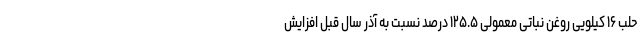
حلب ۱۶ کیلویی روغن نباتی معمولی ۱۲۵.۵ درصد نسبت به آذر سال قبل افزایش